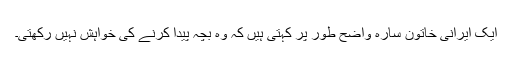
ایک ایرانی خاتون سارہ واضح طور پر کہتی ہیں کہ وہ بچہ پیدا کرنے کی خواہش نہیں رکھتی۔